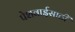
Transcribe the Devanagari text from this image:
पेशवाईसाठी